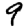
Digit: 9